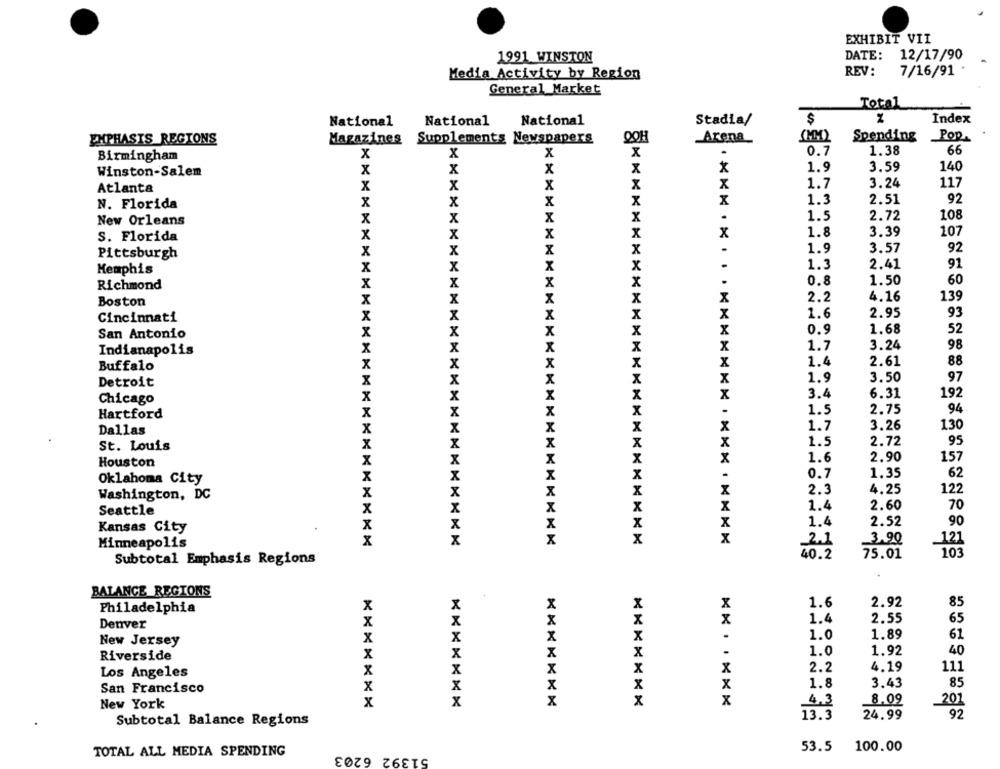
EXHIBIT VII
12/17/90
1991 WINSTON
DATE:
Media Activity by Region
REV:
7/16/91
General Market
Total
National
National
National
Stadia/
$
Index
Arena
Spending
Pop
EMPHASIS REGIONS
Magazines Supplements Newspapers
QOH
X
x
0.7
1.38
66
Birmingham
x
X
x
x
1.9
3.59
140
Winston-Salem
X
X
1.7
3.24
117
Atlanta
X
x
1.3
2.51
92
N. Florida
x
X
108
New Orleans
x
1.5
2.72
107
S. Florida
X
X
1.8
3.39
Pittsburgh
X
x
1.9
3.57
92
Memphis
.
1.3
2.41
91
0.8
1.50
60
Richmond
2.2
4.16
139
Boston
x
1.6
2.95
93
Cincinnati
x
0.9
1.68
52
San Antonio
x
1.7
3.24
98
Indianapolis
X
1.4
2.61
88
Buffalo
X
1.9
3.50
97
Detroit
Chicago
X
3.4
6.31
192
Hartford
1.5
2.75
94
Dallas
1.7
3.26
130
St. Louis
x
1.5
2.72
95
Houston
x
1.6
2.90
157
0.7
1.35
62
Oklahoma City
2.3
4.25
122
Washington, DC
X
1.4
2.60
70
Seattle
1.4
2.52
90
Kansas City
3.90
Minneapolis
2.1
121
103
Subtotal Emphasis Regions
40.2
75.01
BALANCE REGIONS
x
x
1.6
2.92
85
Philadelphia
x
1.4
2.55
65
Denver
X
.
1.0
1.89
61
New Jersey
x
.
1.0
1.92
40
Riverside
X
x
2.2
4.19
111
Los Angeles
X
x
1.8
3.43
85
San Francisco
x
4,3
8.09
201
New York
x
x
*******
13.3
24.99
92
Subtotal Balance Regions
TOTAL ALL MEDIA SPENDING
51392 6203
53.5
100.00